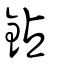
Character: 鉆